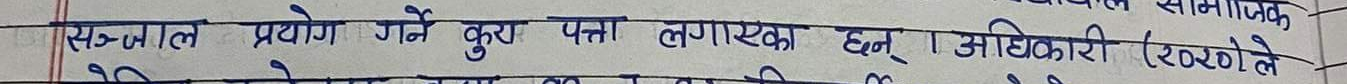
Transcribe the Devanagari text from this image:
सञ्‌चाल प्रयोग गर्ने कुरा पत्ता लगाएका हुन । अधिकारी (२०२०) ले